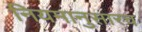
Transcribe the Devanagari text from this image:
नियमानुसारच